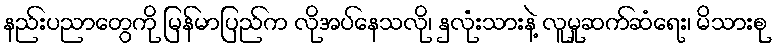
နည်းပညာတွေကို မြန်မာပြည်က လိုအပ်နေသလို၊ နှလုံးသားနဲ့ လူမှုဆက်ဆံရေး၊ မိသားစု